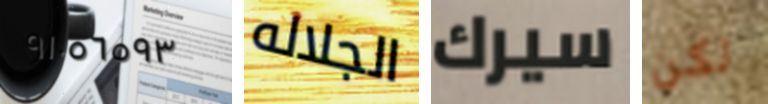
٩١٠٥٦٥٩٣ الجلاله سيرك لكن